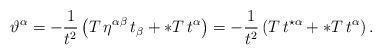
LaTeX: \begin{align*}\vartheta^{\alpha}= - {1\over t^2}\left(T\,\eta^{\alpha\beta}\,t_{\beta} + \ast T\, t^{\alpha}\right)= - {1\over t^2}\left(T\,t^{\star\alpha} + \ast T\, t^{\alpha}\right).\end{align*}